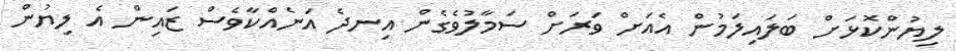
ލިޔުންކޮޅަށް ބަލައިލަމުން އެއަށް ވަރަށް ސަމާލުވެގެން އިނދެ އަނެއްކާވެސް ޒައިން އެ ލިޔުން